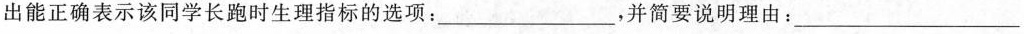
出能正确表示该同学长跑时生理指标的选项：___，并简要说明理由：___